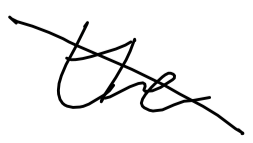
Text: the
Cross-out: diagonal
Writing tool: digital_black